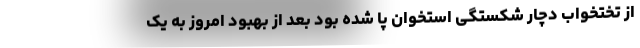
از تختخواب دچار شکستگی استخوان پا شده بود بعد از بهبود امروز به یک